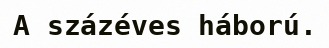
A százéves háború.